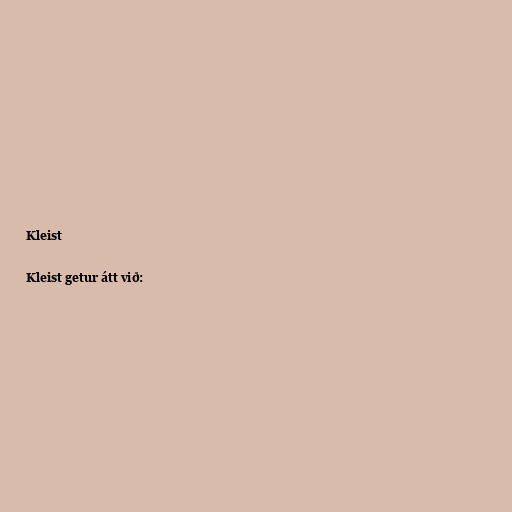
Kleist

Kleist getur átt við: